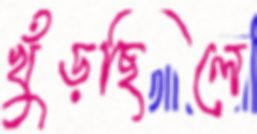
খুঁড়ছিলে